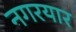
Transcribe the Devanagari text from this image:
नगरयार